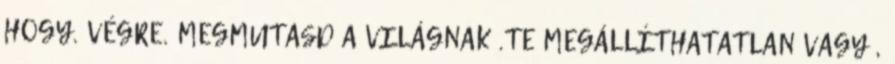
HOGY. VÉGRE. MEGMUTASD A VILÁGNAK .TE MEGÁLLÍTHATATLAN VAGY ,